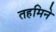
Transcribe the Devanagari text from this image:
तहमिने